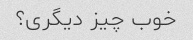
خوب چیز دیگری؟